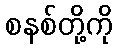
စနစ်တို့ကို